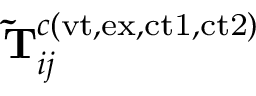
\mathbf { \widetilde { T } } _ { i j } ^ { c ( \mathrm { v t , e x , c t 1 , c t 2 } ) }